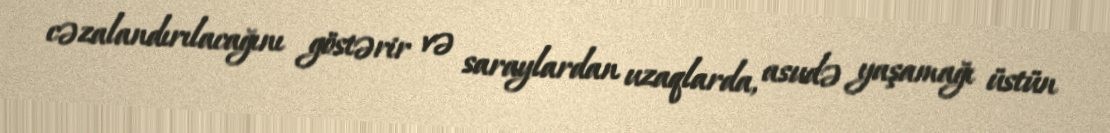
cəzalandırılacağını göstərir və saraylardan uzaqlarda, asudə yaşamağı üstün